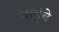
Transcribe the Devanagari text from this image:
बाहूंचे